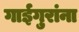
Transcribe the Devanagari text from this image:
गाईगुरांना